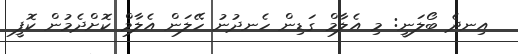
އިނދެ ބޯލަނީ: މި އެލާމް ގަޑިން ހެނދުނު ހޭލަން އެލާމް ކޮށްދެމުން ކޮފީ